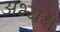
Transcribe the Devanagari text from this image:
अभ्यक्ष